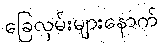
ခြေလှမ်းများနောက်